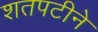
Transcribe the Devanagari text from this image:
शतपटीने